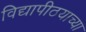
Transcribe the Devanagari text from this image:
विद्यापीठयाच्या